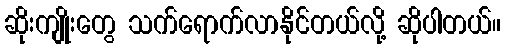
ဆိုးကျိုးတွေ သက်ရောက်လာနိုင်တယ်လို့ ဆိုပါတယ်။